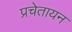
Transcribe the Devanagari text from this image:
प्रचेतायन